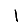
Digit: 1